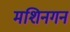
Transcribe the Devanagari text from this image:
मशिनगन